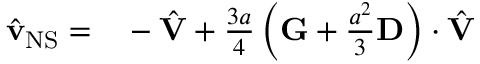
\begin{array} { r l } { \hat { \mathbf { v } } _ { \mathrm { N S } } = } & { { } - \hat { \mathbf { V } } + \frac { 3 a } { 4 } \left( \mathbf { G } + \frac { a ^ { 2 } } { 3 } \mathbf { D } \right) \cdot \hat { \mathbf { V } } } \end{array}